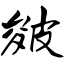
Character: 皴